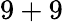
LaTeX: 9+9